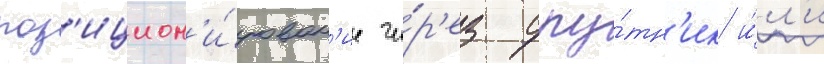
поз'ицион'и́рован'ие че́р'ез спу́тн'ик и́л'и